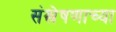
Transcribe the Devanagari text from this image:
संश्लेषणाच्या